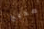
صحيح